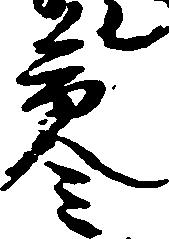
参